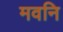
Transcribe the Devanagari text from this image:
मवनि